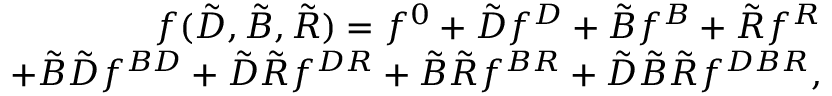
\begin{array} { r } { f ( { \cal \tilde { D } } , { \cal \tilde { B } } , { \cal \tilde { R } } ) = f ^ { 0 } + { { \cal \tilde { D } } } f ^ { { \cal { D } } } + { { \cal \tilde { B } } } f ^ { { \cal { B } } } + { { \cal \tilde { R } } } f ^ { { \cal { R } } } } \\ { + { { \cal \tilde { B } } { \cal \tilde { D } } } f ^ { { \cal { B } } { \cal { D } } } + { { \cal \tilde { D } } { \cal \tilde { R } } } f ^ { { \cal { D } } { \cal { R } } } + { { \cal \tilde { B } } { \cal \tilde { R } } } f ^ { { \cal { B } } { \cal { R } } } + { { \cal \tilde { D } } { \cal \tilde { B } } { \cal \tilde { R } } } f ^ { { \cal { D } } { \cal { B } } { \cal { R } } } , } \end{array}